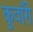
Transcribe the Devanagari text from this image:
कुवाँरी